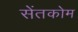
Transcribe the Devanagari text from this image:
सेंतकोम